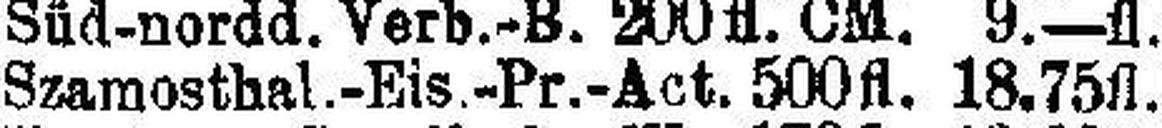
Szamosthal.-Eis.-Pr.-Act. 500 fl. 18.75fl.